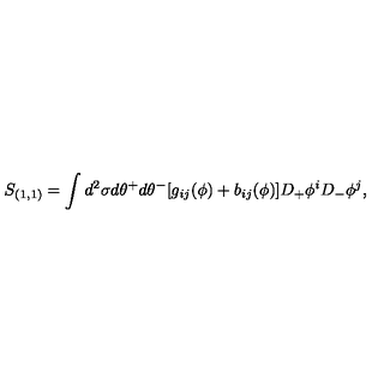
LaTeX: S _ { ( 1 , 1 ) } = \int d ^ { 2 } \sigma d \theta ^ { + } d \theta ^ { - } [ g _ { i j } ( \phi ) + b _ { i j } ( \phi ) ] D _ { + } \phi ^ { i } D _ { - } \phi ^ { j } ,